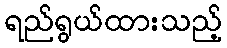
ရည်ရွယ်ထားသည့်